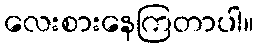
လေးစားနေကြတာပါ။